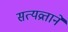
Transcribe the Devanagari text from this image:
सत्यव्रताने